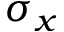
\sigma _ { x }